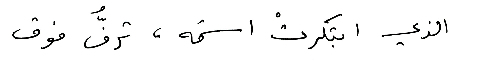
الذي ابتكرتْ اسمَه، ترفُّ فوق